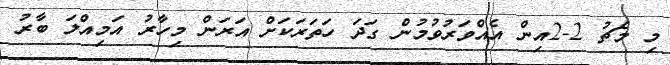
މި މެޗު 2-2އިން އެއްވަރުވުމުން ގަދަ ހަތަރަކަށް އަރަން މިހާރު އަމިއްލަ ބާރު